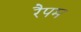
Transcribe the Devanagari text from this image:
रैपम